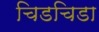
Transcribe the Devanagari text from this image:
चिडचिडा